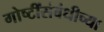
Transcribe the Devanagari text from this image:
गोष्टींसंबंधीच्या